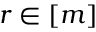
r \in [ m ]